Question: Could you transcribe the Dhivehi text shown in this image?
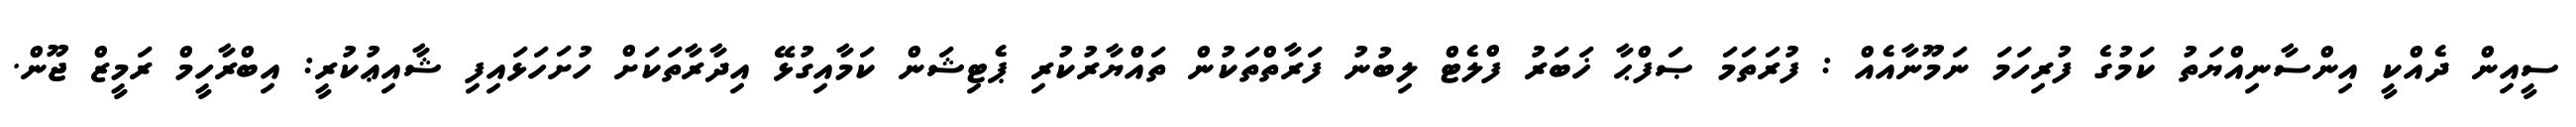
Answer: ސީއިން ދެއްކީ އިންސާނިއްޔަތު ކަމުގެ ފުރިހަމަ ނަމޫނާއެއް : ފުރަތަމަ ޞަފްޙާ ޚަބަރު ފްލެޓް ލިބުނު ފަރާތްތަކުން ތައްޔާރުކުރި ޕެޓިޝަން ކަމާއިގުޅޭ އިދާރާތަކަށް ހުށަހަޅައިފި ޝާއިޢުކުރީ: އިބްރާހީމް ރަމީޒް ޖޫން.